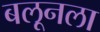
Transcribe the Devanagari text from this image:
बलूनला